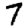
Digit: 7